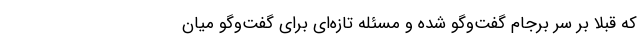
که قبلاً بر سر برجام گفت‌وگو شده و مسئله تازه‌ای برای گفت‌وگو میان